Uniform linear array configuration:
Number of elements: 12
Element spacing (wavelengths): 1
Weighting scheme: uniform
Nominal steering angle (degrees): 15
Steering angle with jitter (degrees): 14.369
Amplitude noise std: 0.05
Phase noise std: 0.05

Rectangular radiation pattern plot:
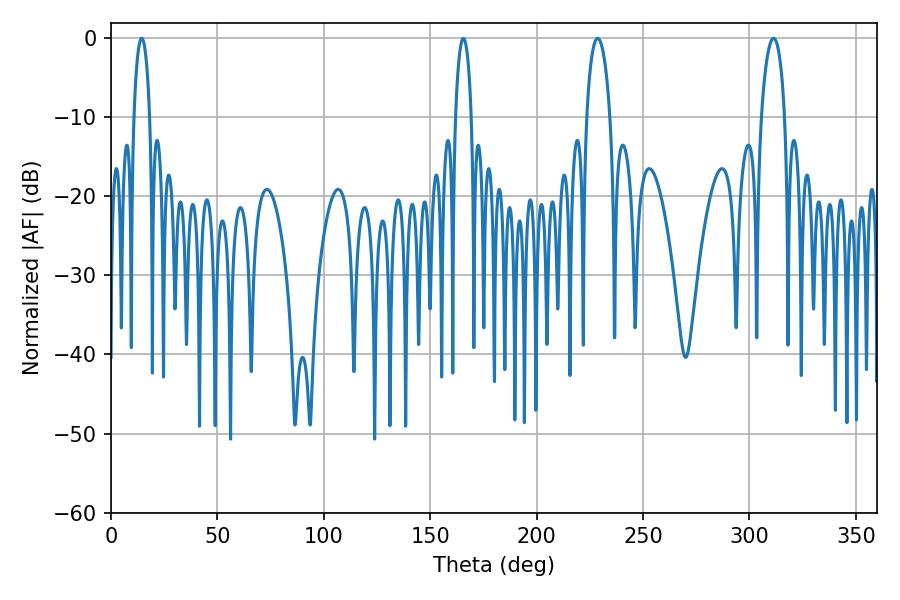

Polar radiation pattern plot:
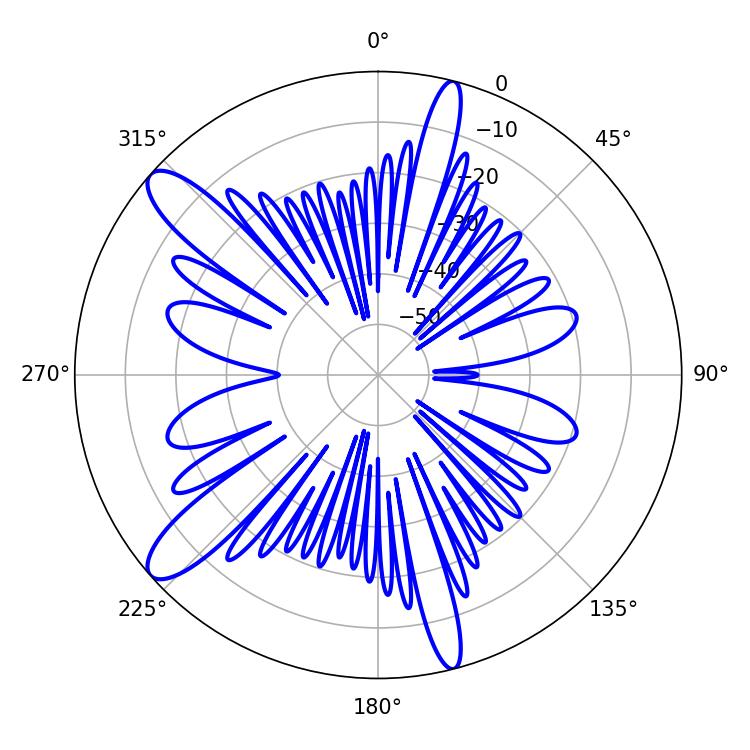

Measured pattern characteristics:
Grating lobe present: TRUE
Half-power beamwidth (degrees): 4.32
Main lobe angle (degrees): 14.4